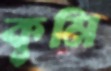
কুমি